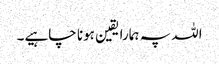
اللہ پہ ہمارا یقین ہونا چاہیے۔